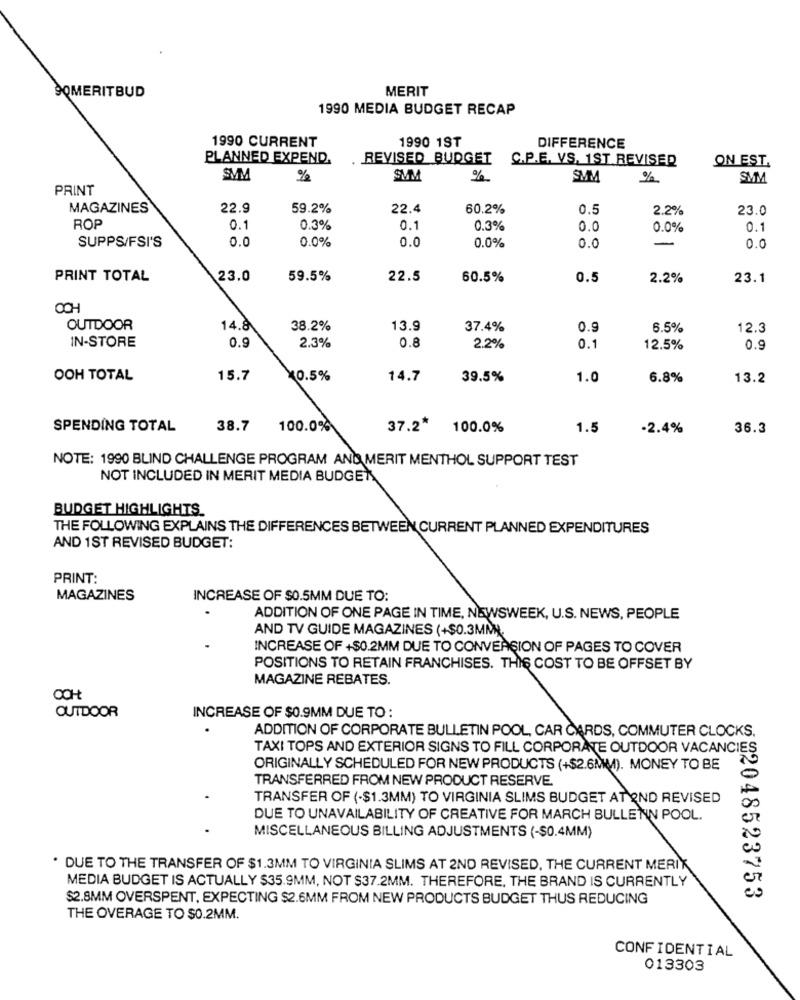
MERIT
SOMERITBUD
1990 MEDIA BUDGET RECAP
1990 CURRENT
1990 1ST
DIFFERENCE
PLANNED EXPEND.
REVISED BUDGET
C.P.E. VS. 1ST REVISED
ON EST.
SVM
%
SMM
%
SMM
%
SMM
PRINT
MAGAZINES
22.9
59.2%
22.4
60.2%
0.5
2.2%
23.0
ROP
0.1
0.3%
0.1
0.3%
0.0
0.0%
0.1
0.0
0.0%
0.0
0.0%
-
SUPPS/FSI'S
0.0
0.0
PRINT TOTAL
23.0
59.5%
22.5
60.5%
0.5
2.2%
23.1
OUTDOOR
14.8
38.2%
13.9
37.4%
0.9
6.5%
12.3
IN-STORE
0.9
0.8
2.3%
2.2%
0.1
12.5%
0.9
OOH TOTAL
15.7
10.5%
14.7
39.5%
1.0
6.8%
13.2
SPENDING TOTAL
38.7
100.0%
37.2* 100.0%
1.5
-2.4%
36.3
NOTE: 1990 BLIND CHALLENGE PROGRAM AND MERIT MENTHOL SUPPORT TEST
NOT INCLUDED IN MERIT MEDIA BUDGET
BUDGET HIGHLIGHTS.
THE FOLLOWING EXPLAINS THE DIFFERENCES BETWEEN CURRENT PLANNED EXPENDITURES
AND 1ST REVISED BUDGET:
PRINT:
MAGAZINES
INCREASE OF $0.5MM DUE TO:
ADDITION OF ONE PAGE IN TIME, NEWSWEEK, U.S. NEWS, PEOPLE
AND TV GUIDE MAGAZINES (+$0.3MM).
INCREASE OF +$0.2MM DUE TO CONVERSION OF PAGES TO COVER
POSITIONS TO RETAIN FRANCHISES. THIS COST TO BE OFFSET BY
MAGAZINE REBATES.
OUTDOOR
INCREASE OF $0.9MM DUE TO :
ADDITION OF CORPORATE BULLETIN POOL, CAR CARDS, COMMUTER CLOCKS.
TAXI TOPS AND EXTERIOR SIGNS TO FILL CORPORATE OUTDOOR VACANCIES
ORIGINALLY SCHEDULED FOR NEW PRODUCTS (+$2.6MM). MONEY TO BE
TRANSFERRED FROM NEW PRODUCT RESERVE.
TRANSFER OF (-$1.3MM) TO VIRGINIA SLIMS BUDGET AT END REVISED
DUE TO UNAVAILABILITY OF CREATIVE FOR MARCH BULLENN POOL.
MISCELLANEOUS BILLING ADJUSTMENTS (-$0.4MM)
. DUE TO THE TRANSFER OF $1.3MM TO VIRGINIA SLIMS AT 2ND REVISED, THE CURRENT MERIX
MEDIA BUDGET IS ACTUALLY $35.9MM, NOT $37.2MM. THEREFORE, THE BRAND IS CURRENTLY
$2.8MM OVERSPENT, EXPECTING $2.6MM FROM NEW PRODUCTS BUDGET THUS REDUCING
202048523753
THE OVERAGE TO $0.2MM.
CONFIDENTIAL
013303